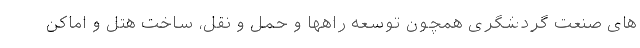
های صنعت گردشگری همچون توسعه راهها و حمل و نقل، ساخت هتل و اماکن